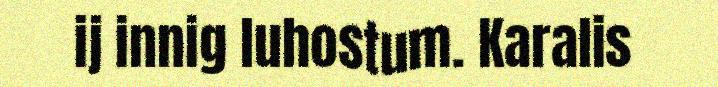
ij innig luhostum. Karalis